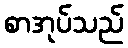
စာအုပ်သည်